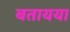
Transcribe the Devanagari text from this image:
बतायया